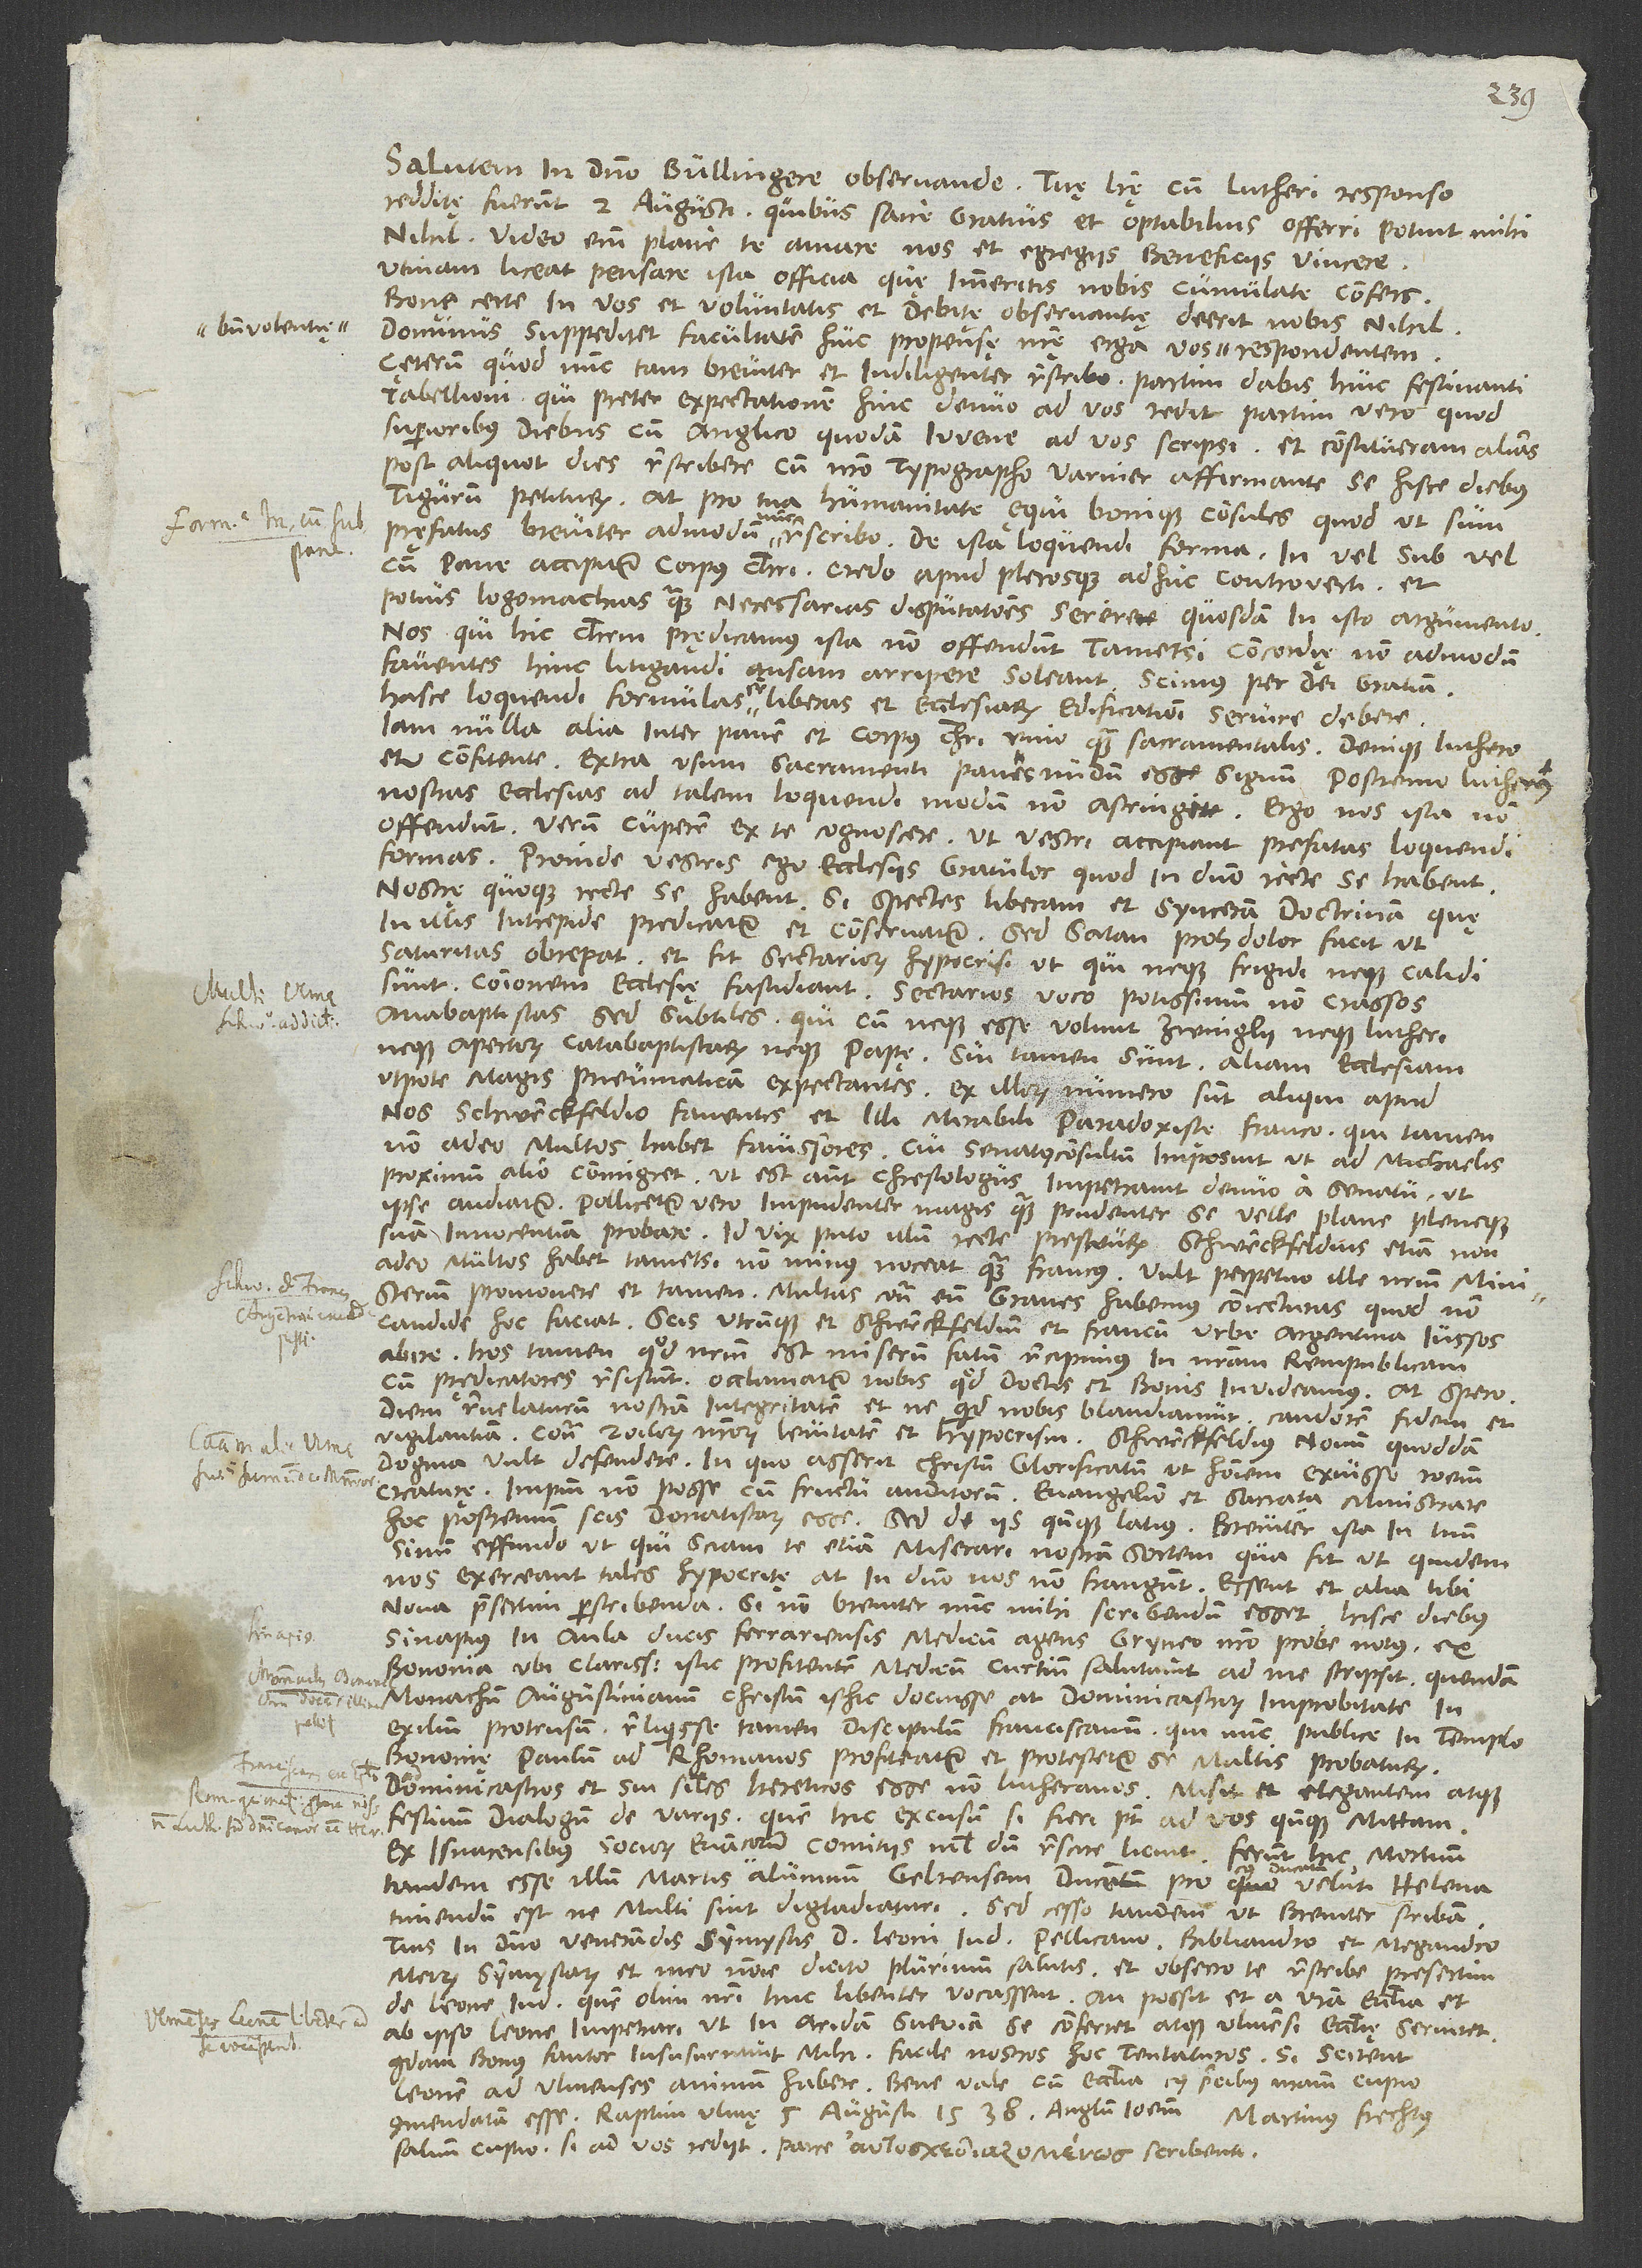
benevolentię

Salutem in domino, Bullingere observande. Tuę literę cum Lutheri responso
redditę fuerunt 2. augusti, quibus sane gratius et optabilius offerri potuit mihi
nihil; video enim plane te amare nos et egregiis beneficiis vincere.
Utinam liceat pensare ista officia, quę immeritis nobis cumulate confers.
Bonę certe in vos et voluntatis et debitę observantię deerit nobis nihil;
dominus suppeditet facultatem huic propensę nostrę erga vos
Cęterum, quod nunc tam breviter et indiligenter rescribo, partim dabis huic festinanti
tabellioni, qui preter expectationem hinc denuo ad vos redit, partim vero, quod
superioribus diebus cum Anglico quodam iuvene ad vos scripsi et constitueram alias
post aliquot dies rescribere cum nostro typographo Varnier affirmante se hisce diebus
Tigurum petiturum. At pro tua humanitate ęqui bonique consules, quod, ut sum
pręfatus, breviter admodum nunc rescribo. De ista loquendi forma „in vel sub vel
cum pane accipitur corpus Christi“ credo apud plerosque adhuc controverti et
potius logomachias quam necessarias disputationes serere quosdam in isto argumento.
Nos, qui hic Christum prędicamus, ista non offendunt, tametsi concordię non admodum
faventes hinc litigandi ansam arripere soleant; scimus per dei gratiam
hasce loquendi formulas esse liberas et ecclesiarum edificationi servire debere.
Iam nulla alia inter panem et corpus Christi unio quam sacramentalis, denique Luthero
etiam confitente extra usum sacramenti panis nudum esse signum; postremo Lutherus
nostras ecclesias ad talem loquendi modum non astringit. Ergo nos ista non
offendunt; verum cuperem ex te cognoscere, ut vestri accipiant pręfatas loquendi
formas. Proinde vestris ego ecclesiis gratulor, quod in domino recte se habent.
Nostrę quoque recte se habent, si spectes liberam et synceram doctrinam, quę
in illis intrepide predicatur et conservatur. Sed satan, proh dolor, facit, ut
saturitas obrepat, et fit sectariorum hypocrisi, ut, qui neque frigidi neque calidi
sunt, communionem ecclesię fastidiant. Sectarios voco potissimum non crassos
anabaptistas, sed subtiles, qui, cum neque esse volunt Zwinglii neque Lutheri
neque apertorum catabaptistarum neque papę, sui tamen sunt aliam ecclesiam,
utpote magis pneumaticam expectantes. Ex illorum numero sunt aliqui apud
nos Schwenckfeldio faventes et illi mirabili paradoxistę Franco, qui tamen
non adeo multos habet favissores. Cui senatus consultum imposuit, ut ad Michaelis
proximum alio commigret. Ut est autem chrestologus, impetravit denuo a senatu, ut
ipse audiatur; pollicetur vero impudenter magis quam prudenter se velle plane pleneque
suam innocentiam probare. Id vix puto illum recte prestaturum. Schwenckfeldius etiam non
adeo multos habet, tametsi non minus noceat quam Francus. Vult perpetuo ille nostrum ministerium
promovere, et tamen multas contra eum graves habemus coniecturas, quod non
candide hoc faciat. Scis utrumque, et Schwenckfeldium et Francum, urbe Argentina iussos
abire; hos tamen, quod nostrum est miserum fatum, recipimus in nostram rempublicam.
Cum prędicatores resistunt, occlamatur nobis, quod doctis et bonis invideamus. At spero
diem revelaturum nostram integritatem et, ne quid nobis blandiamur, candorem, fidem et
vigilantiam contra Zoilorum nostrorum levitatem et hypocrisin. Schwenckfeldius novum quoddam
dogma vult defendere, in quo asserit Christum glorificatum ut hominem exuisse rationem
creaturę; impium non posse cum fructu auditorum evangelion et sacramenta ministrare.
Hoc postremum scis Donatistarum esse. Sed de iis quandoque latius. Breviter ista in tuum
sinum effundo, ut qui sciam te etiam miserari nostram sortem, qua fit, ut quidem
nos exerceant tales hypocritę; at in domino nos non frangunt. Essent et alia tibi
nova praesertim perscribenda, si non breviter nunc mihi scribendum esset. Hisce diebus
Sinapius, in aula ducis Ferrariensis medicum agens, Grynęo nostro probe notus, ex
Bononia, ubi clarissimum istic profitentem medicum Curtium salutavit, ad me scripsit quendam
monachum Augustinianum Christum isthic docuisse, at Dominicastrorum improbitate in
exilium protrusum; reliquisse tamen discipulum Franciscanum, qui nunc publice in templo
Bononię Paulum ad Rhomanos profiteatur et protestetur se multis probaturum
Dominicastros et sui similes hereticos esse, non Lutheranos. Misit et elegantem atque
festivum dialogum de variis, quem hic excusum, si fieri potest, ad vos quandoque mittam.
Ex Isnacensibus sociorum evangelicorum comitiis nihildum rescire licuit. Ferunt hic mortuum
tandem esse illum Martis alumnum Geltensem ducem, pro cuius ducatu veluti Helena
timendum est, ne multi sint digladiaturi. Sed cesso tandem, ut breviter scribam.
Tuis in domino venerandis symmystis d. Leoni Iudae, Pellicano, Bibliandro et Megandro
meorum symmystarum et meo nomine dicito plurimum salutis, et obsecro te, rescribe presertim
de Leone Iudae, quem olim nostri huc libenter vocassent, an possit et a vestra ecclesia et
ab ipso Leone impetrari, ut in aridam Sveviam se conferret atque Ulmensi ecclesię serviret;
Leonem ad Ulmenses animum habere. Bene vale cum ecclesia, cuius precibus maxime cupio
salvum cupio, si ad vos rediit. Parce scribenti.